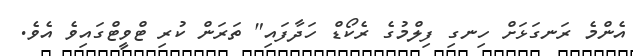
އެންމެ ރަނގަޅަށް ހިނގި ފިލްމުގެ ރެކޯޑް ހަދާފައި" ތަރަން ކުރި ޓްވީޓްގައިވެ އެވެ.